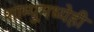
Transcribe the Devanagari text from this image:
शाम्पूमध्येही